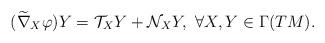
\begin{align*}(\widetilde{\nabla}_X{\varphi})Y=\mathcal{T}_{X}Y+\mathcal{N}_{X}Y, \, \, \forall X , Y \in \Gamma(TM). \end{align*}